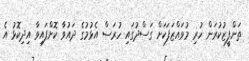
ތަންފީޒުކުރަން ހުރި މުވައްޒަފަކަށް ގަސްދުގައި ހުރަސް އެޅުމުގެ ދައުވާ ކޮށްފައިވާ އިދިކޮޅު އެ